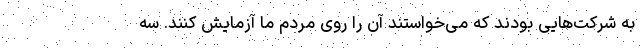
به شرکت‌هایی بودند که می‌خواستند آن را روی مردم ما آزمایش کنند. سه